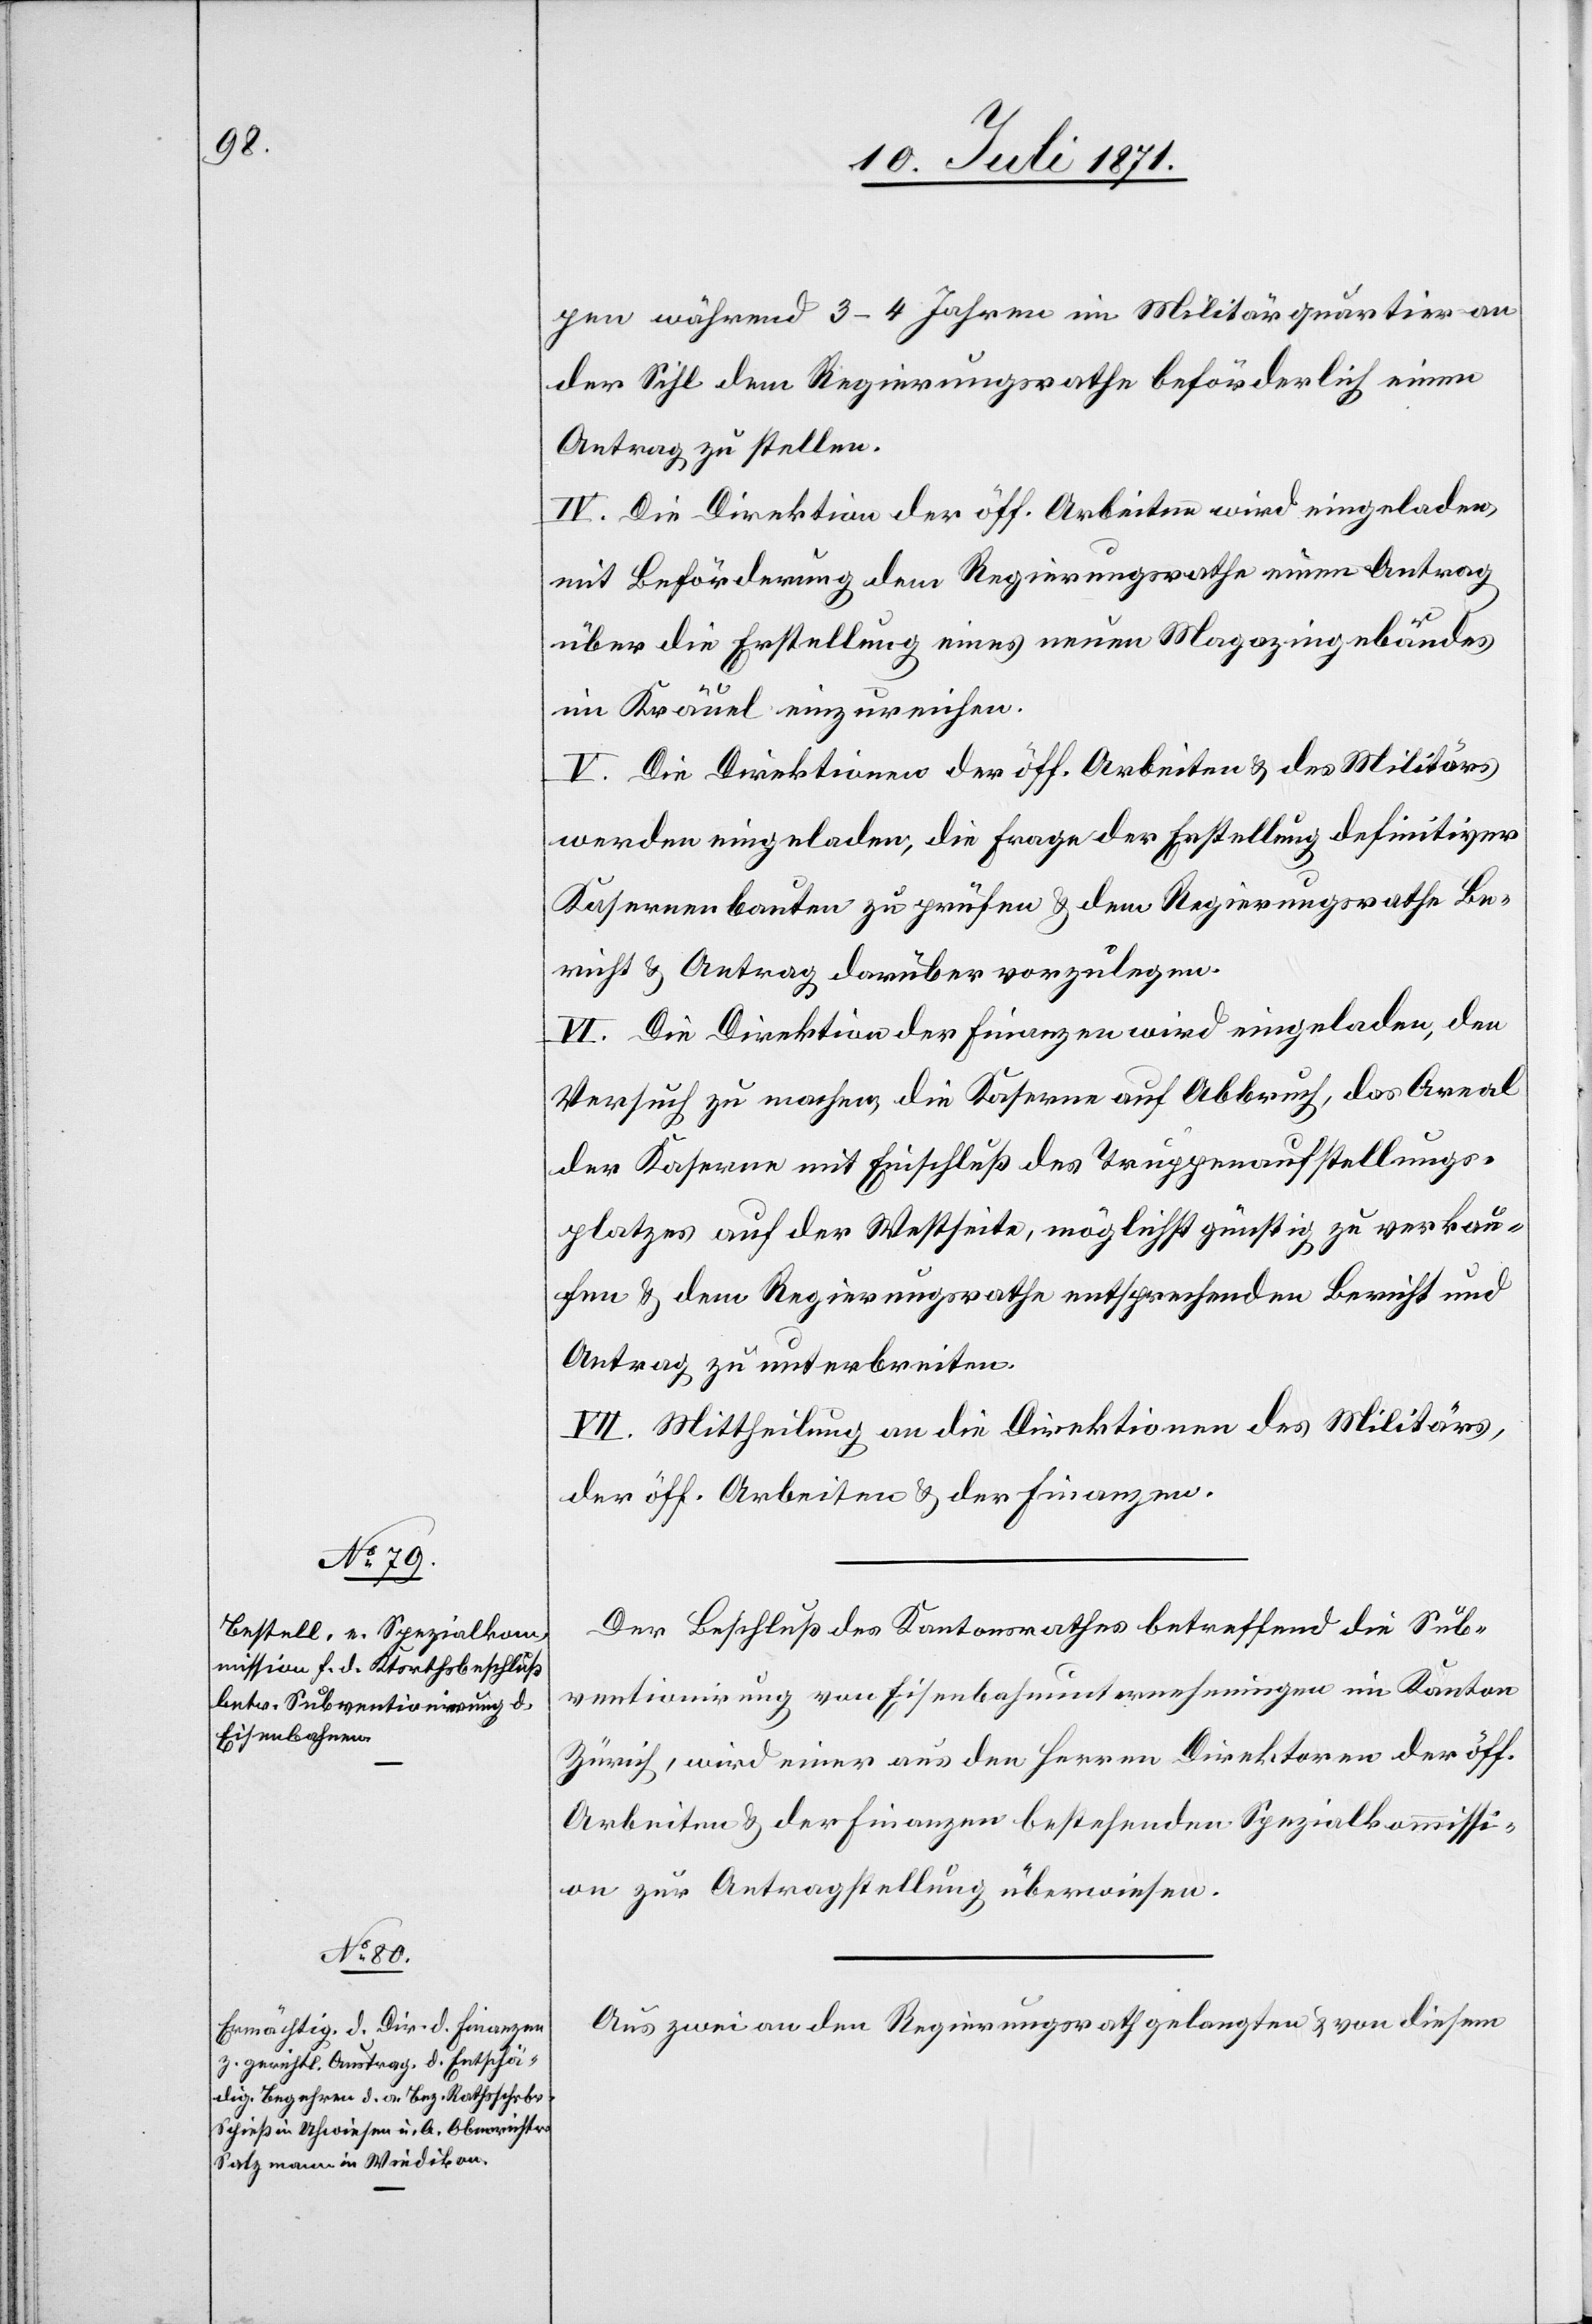
pen während 3–4 Jahren im Militärquartier an
der Sihl dem Regierungsrathe beförderlich einen
Antrag zu stellen.
IV. Die Direktion der öff. Arbeiten wird eingeladen,
mit Beförderung dem Regierungsrathe einen Antrag
über die Erstellung eines neuen Magazingebäudes
im Kräuel einzureichen.
V. Die Direktion der öff. Arbeiten u. des Militärs
werden eingeladen, die Frage der Erstellung definitiver
Kasernenbauten zu prüfen u. dem Regierungsrathe Be¬
richt u. Antrag darüber vorzulegen.
VI. Die Direktion der Finanzen wird eingeladen, den
Versuch zu machen, die Kaserne auf Abbruch, das Areal
der Kaserne mit Einschluß des Truppenaufstellungs¬
platzes auf der Westseite, möglichst günstig zu verkau¬
fen u. dem Regierungsrathe entsprechenden Bericht und
Antrag zu unterbreiten.
VII. Mittheilung an die Direktion des Militärs,
der öff. Arbeiten u. der Finanzen.
Der Beschluß des Kantonsrathes betreffend die Sub¬
ventionirung von Eisenbahnunternehmungen im Kanton
Zürich, wird einer aus den Herren Direktoren der öff.
Arbeiten u. der Finanzen bestehenden Spezialkommissi¬
on zur Antragstellung überwiesen.
Aus zwei an den Regierungsrath gelangten u. von diesem